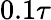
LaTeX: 0.1\tau